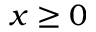
x \geq 0